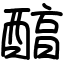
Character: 醕